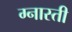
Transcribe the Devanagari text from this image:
ग्नास्ती